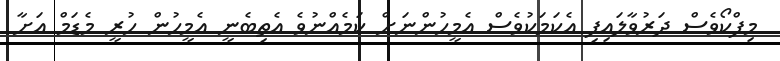
މިފްކޯވެސް ދަރުވާލައިފި އެކަމަކުވެސް އެމީހުންނަށް ކަމެއްނުވެ އެތިބެނީ އެމީހުން ހުރީ މެޑަމް އަށާ